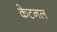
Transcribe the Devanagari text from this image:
केटनल